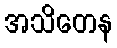
အသိတေန